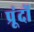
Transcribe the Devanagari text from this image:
प्रूंदों